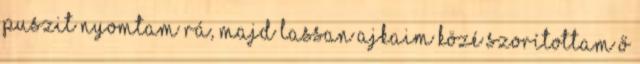
Puszit nyomtam rá, majd lassan ajkaim közé szorítottam ő